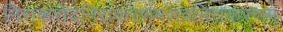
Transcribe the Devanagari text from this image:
निराकरोदनिराकरणमस्त्वनिराकरणम्